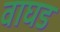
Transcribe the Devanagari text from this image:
वाघड